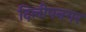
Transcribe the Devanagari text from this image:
दिलीपनगर